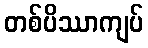
တစ်ပိဿာကျပ်